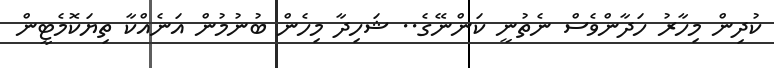
ކުދިން މިހާރު ހަދާންވެސް ނެތުނީ ކަންނޭގެ.. ޝަހިދާ މިހެން ބުނުމުން އަނެއްކާ ތިޔަކޮމެޓީން